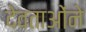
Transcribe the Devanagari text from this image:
देवताओंने